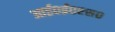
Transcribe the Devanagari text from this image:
आई०ई०एस०